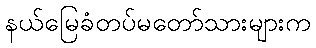
နယ်မြေခံတပ်မတော်သားများက